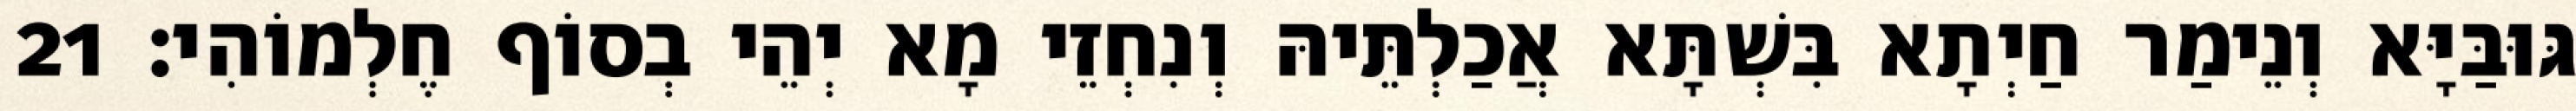
גּוּבַּיָּא וְנֵימַר חַיְתָא בִּשְׁתָּא אֲכַלְתֵּיהּ וְנִחְזֵי מָא יְהֵי בְסוֹף חֶלְמוֹהִי׃ 21